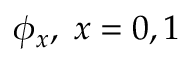
\phi _ { x } , \; x = 0 , 1